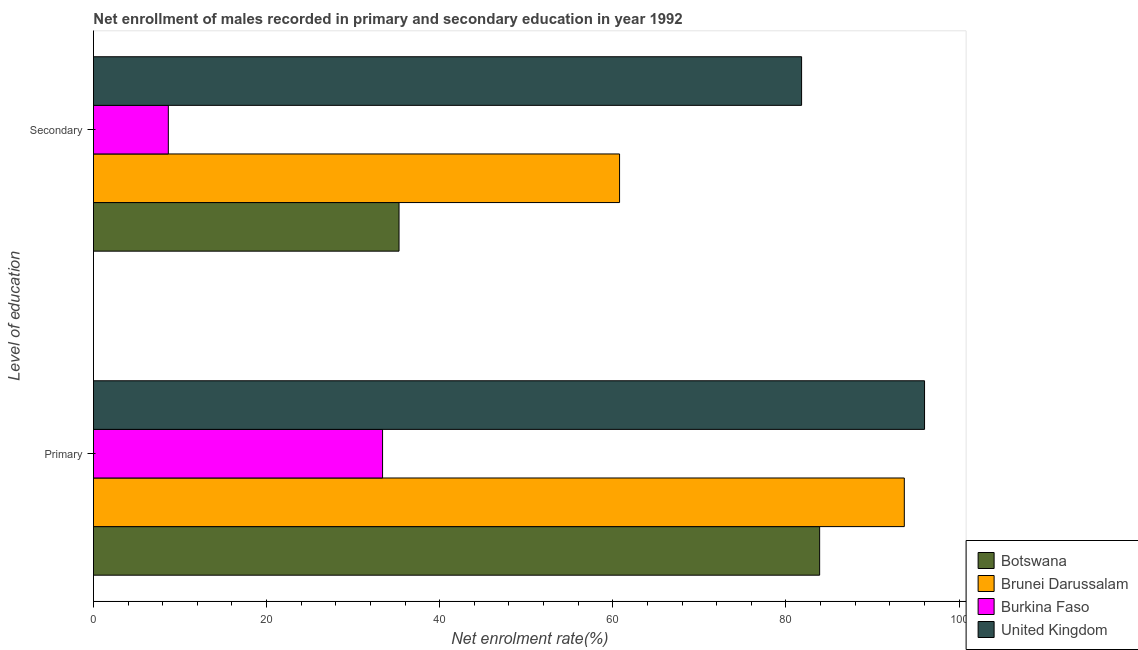
| Level of education | Botswana | Brunei Darussalam | Burkina Faso | United Kingdom |
 | --- | --- | --- | --- | --- |
 | Primary | 83.9 | 93.7 | 33.4 | 96 |
 | Secondary | 35.3 | 60.8 | 8.65 | 81.8 |